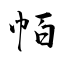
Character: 帞